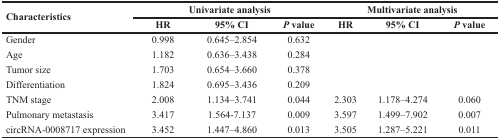
<table><thead><tr><td rowspan="2"><b>Characteristics</b></td><td colspan="3"><b>Univariate analysis</b></td><td colspan="3"><b>Multivariate analysis</b></td></tr><tr><td><b>HR</b></td><td><b>95% CI</b></td><td><b><i>P</i> value</b></td><td><b>HR</b></td><td><b>95% CI</b></td><td><b><i>P</i> value</b></td></tr></thead><tbody><tr><td>Gender</td><td>0.998</td><td>0.645–2.854</td><td>0.632</td><td></td><td></td><td></td></tr><tr><td>Age</td><td>1.182</td><td>0.636–3.438</td><td>0.284</td><td></td><td></td><td></td></tr><tr><td>Tumor size</td><td>1.703</td><td>0.654–3.660</td><td>0.378</td><td></td><td></td><td></td></tr><tr><td>Differentiation</td><td>1.824</td><td>0.695–3.436</td><td>0.209</td><td></td><td></td><td></td></tr><tr><td>TNM stage</td><td>2.008</td><td>1.134–3.741</td><td>0.044</td><td>2.303</td><td>1.178–4.274</td><td>0.060</td></tr><tr><td>Pulmonary metastasis</td><td>3.417</td><td>1.564-7.137</td><td>0.009</td><td>3.597</td><td>1.499–7.902</td><td>0.007</td></tr><tr><td>circRNA-0008717 expression</td><td>3.452</td><td>1.447–4.860</td><td>0.013</td><td>3.505</td><td>1.287–5.221</td><td>0.011</td></tr></tbody></table>